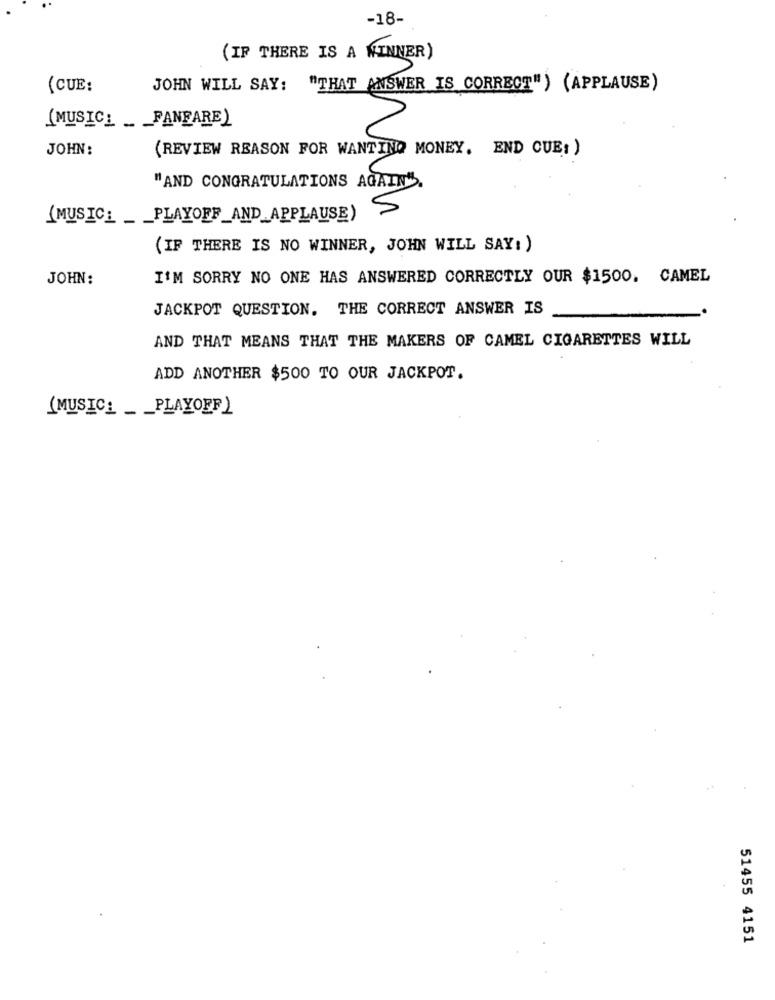
-18-
(IF THERE IS A WINNER)
(CUE:
JOHN WILL SAY:
"THAT ANSWER IS CORRECT") (APPLAUSE)
(MUSIC_ __ PANFARE)
JOHN:
(REVIEW REASON FOR WANTING MONEY, END CUE; )
"AND CONGRATULATIONS AGAIN".
S
(MUSIC_ ___ PLAYOFF_AND_APPLAUSE)
(IF THERE IS NO WINNER, JOHN WILL SAY: )
JOHN:
I'M SORRY NO ONE HAS ANSWERED CORRECTLY OUR $1500. CAMEL
JACKPOT QUESTION. THE CORRECT ANSWER IS
AND THAT MEANS THAT THE MAKERS OF CAMEL CIGARETTES WILL
ADD ANOTHER $500 TO OUR JACKPOT.
(MUSIC_ _ _ PLAYOFF)
51455 4151